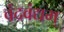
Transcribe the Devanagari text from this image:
वंदवंद्यम्